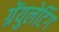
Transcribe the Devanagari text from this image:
ग्रेंयुलेटिंग